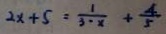
2 x + 5 = \frac { 1 } { 3 - x } + \frac { 4 } { 5 }